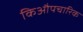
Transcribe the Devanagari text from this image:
किऔपचारिक